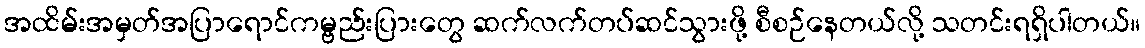
အထိမ်းအမှတ်အပြာရောင်ကမ္ဗည်းပြားတွေ ဆက်လက်တပ်ဆင်သွားဖို့ စီစဉ်နေတယ်လို့ သတင်းရရှိပါတယ်။